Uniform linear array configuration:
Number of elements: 16
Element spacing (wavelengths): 0.5
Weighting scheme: hann
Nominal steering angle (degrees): -15
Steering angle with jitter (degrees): -16.52
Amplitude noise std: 0.05
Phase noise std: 0.05

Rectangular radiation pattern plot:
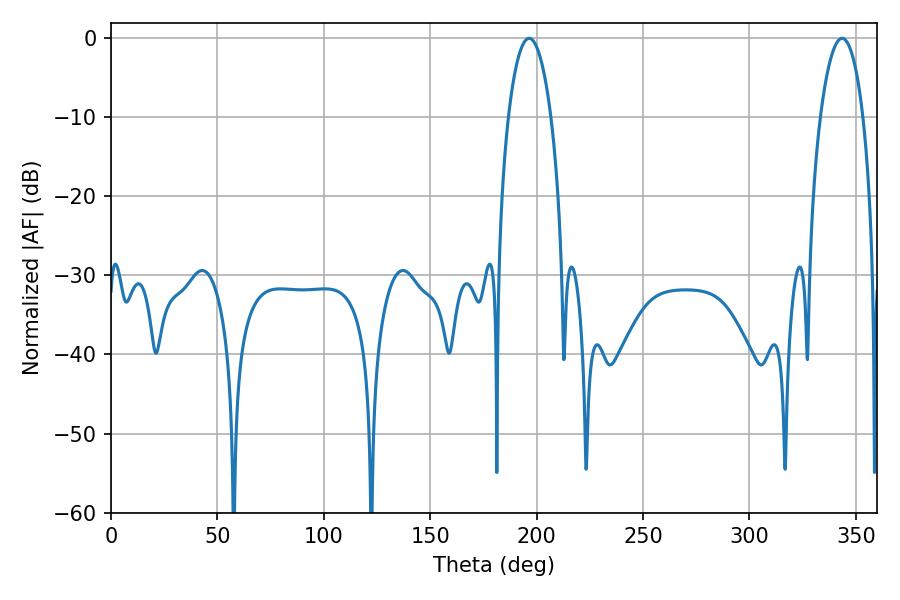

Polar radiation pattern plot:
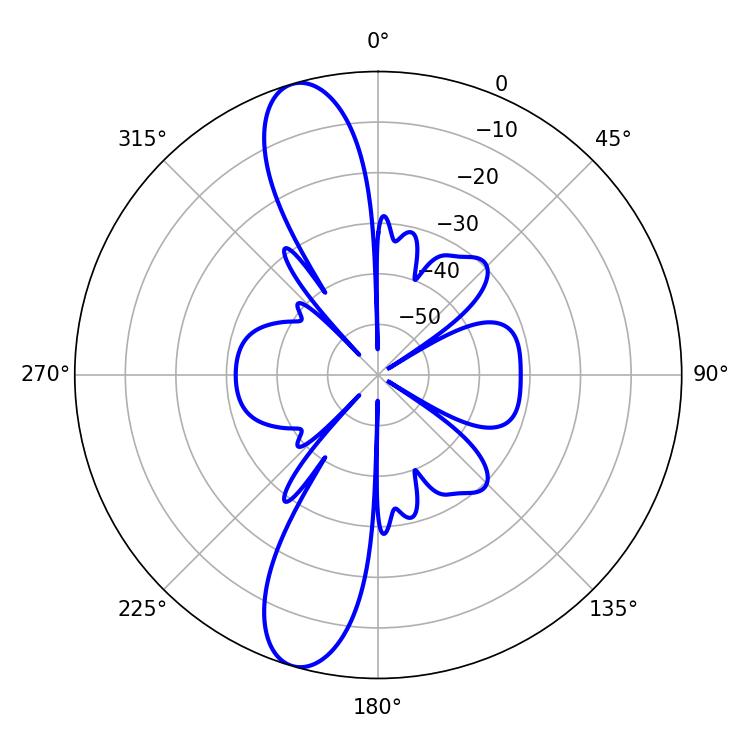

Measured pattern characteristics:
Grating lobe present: FALSE
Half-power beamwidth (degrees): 11.16
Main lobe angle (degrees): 196.38